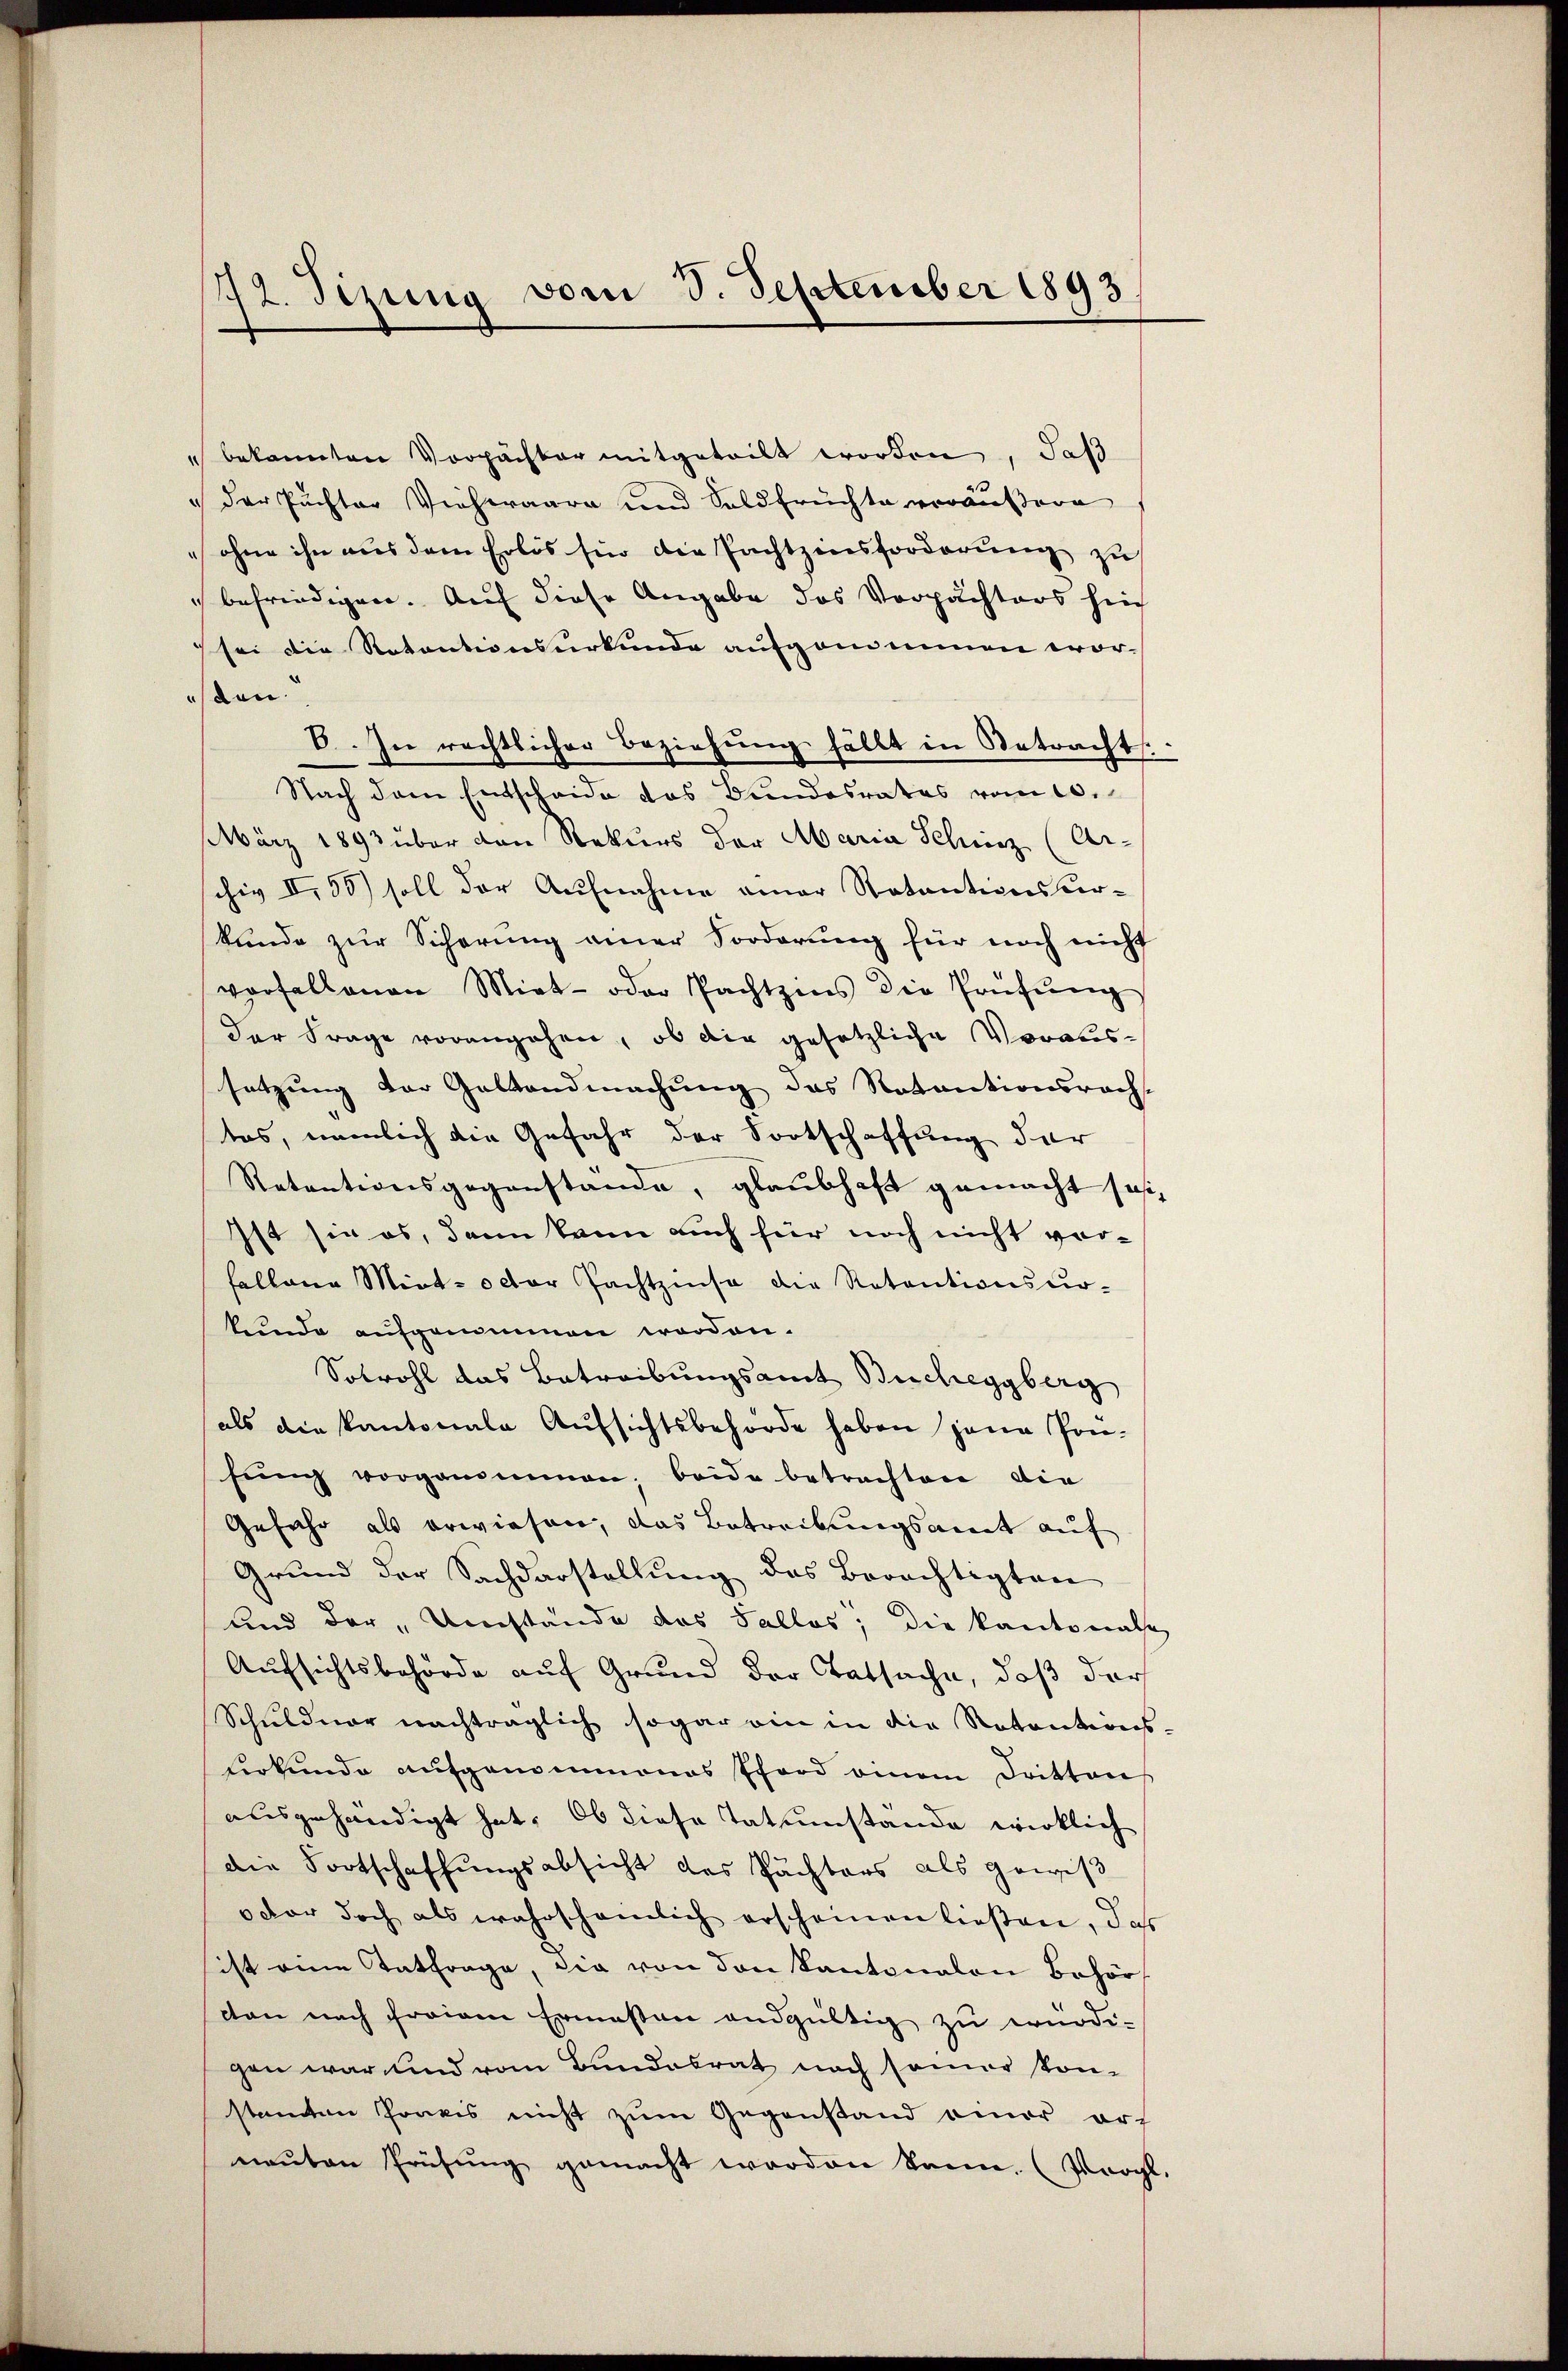
72. Sezung vom 3. September 1893

" bekannten Verpächter mitgeteilt worden, daß
 der Puchter Viehwaare und Soldfrüchte veräussere
ohne ihn aus dem Erlös fie die Pachtzinsforderung zu
befriedigen. Auf diese Angabe des Verpachters hin
sei die Retentionsurkunde aufgom innen wor-
esden
E. In rechtlicher Beziehŭng fällt in Betrachts.
Nach dem Entscheide das Bundesrates vom 10.
März 1893 über den Rekurs der Maria Schinz (Ar-
schiv II, 50) soll der Aufnahme einer Rotantionsarkunde zur Sicherung einer Forderung für noch nicht
vorfallenen Miet- oder Pachtzins die Prüfŭng
der Frage vorangehen, ob die gesetzliche Voraussetzung der Gestandmachung das Rotantionsrecht
tas, nämlich die Gefahr der Fortschaffung der
Retentionsgegenstände, glaubhaft gemacht sei,
Ist sie es, dann kann auch für noch nicht vor-
fallene Miet- octor achtzinse die Retentionsur-
kunde aufgenommen worden.
Sobwohl das Betreibungsamt Bucheggberg
als die Kantonale Aufsichtsbehörde haben jene Prü-
fŭng vorgenommen, beide betrachten die
Gefahr als erwiesen, das Betreibungsant auf
Grŭnd der Sachdarstellŭng des Berechtigten
und der „Umstände das Sallos; die kantonale
Aufsichtsbehörde auf Grund der Tatsache, daß der
Schuldner nachträglich sogar ein in die Ratentions-
derkunde aufgenommenes Pford einem Dritten
ausgehändigt hat. Ob diese Tatumstände wirklich
die Fortschaffungsabsicht des Pächters als gewiß
oder doch als wahrscheinlich erscheinen ließen, das
sist eine Entfrage, die von den Kantonalen Behör
can nach freiem Ermessen endgültig zu würdi-
gen war und vom Bundesrat noch samer konstamten Praxis nicht zum Gegenstand einer orneŭten Prüfŭng gemacht worden kann. (Vergl.